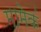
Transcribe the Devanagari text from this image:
मामेकं